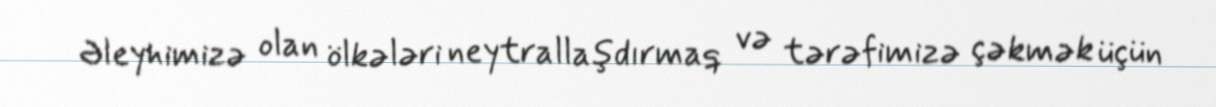
Əleyhimizə olan ölkələri neytrallaşdırmaq və tərəfimizə çəkmək üçün